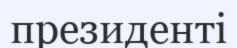
президенті